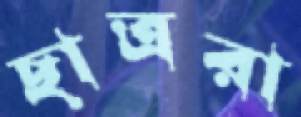
ছাত্ররা